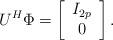
LaTeX: \begin{align*}U^H\Phi=\left[\begin{array}{c} I_{2p}\\0 \end{array}\right].\end{align*}